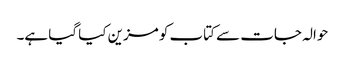
حوالہ جات سے کتاب کو مزین کیا گیا ہے۔